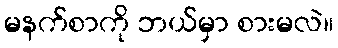
မနက်စာကို ဘယ်မှာ စားမလဲ။